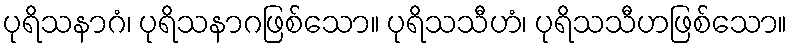
ပုရိသနာဂံ၊ ပုရိသနာဂဖြစ်သော။ ပုရိသသီဟံ၊ ပုရိသသီဟဖြစ်သော။